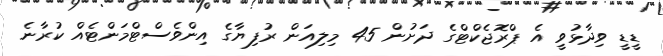
ޑީޑީ ވިދާޅުވީ އެ ޕްރޮޖެކްޓްގެ ދަށުން 45 މިލިއަން ރުފިޔާގެ އިންވެސްޓްމަންޓެއް ކުރާނެ